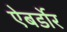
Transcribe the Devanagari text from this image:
ऐबर्डोर